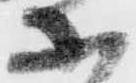
等